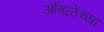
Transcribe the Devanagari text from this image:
ओंबळेंच्या